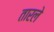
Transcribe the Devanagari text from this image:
तारले